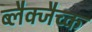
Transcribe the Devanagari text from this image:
ब्लैक्जैच्क